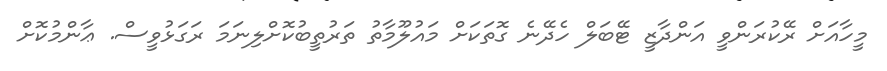
މީހާއަށް ރޭކުރަންވީ އަންދާޒީ ޓޭބަލް ހެދޭނެ ގޮތަކަށް މައުލޫމާތު ތަރުތީބުކޮށްލިނަމަ ރަގަޅުވީސް. ޢާންމުކޮށް